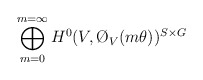
\begin{align*}\bigoplus_{m=0}^{m=\infty}H^0({V},\O_{{V}}(m{\theta}))^{S\times G}\end{align*}